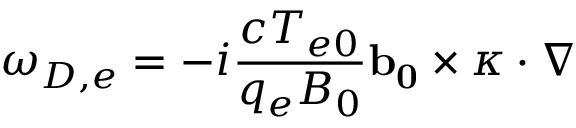
\omega _ { D , e } = - i \frac { c T _ { e 0 } } { q _ { e } B _ { 0 } } \mathbf { b _ { 0 } } \times \boldsymbol { \kappa } \cdot \nabla